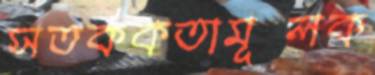
সতর্ককতামূলক